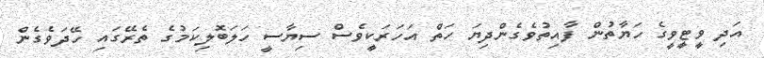
އަދި ވީޓީވީގެ ހަޔާތުން ފާއިތުވެގެންދިޔަ ހަތް އަހަރަކީވެސް ސިޔާސީ ހަލަބޮލިކަމުގެ ތެރޭގައި ހޭދަވެގެން